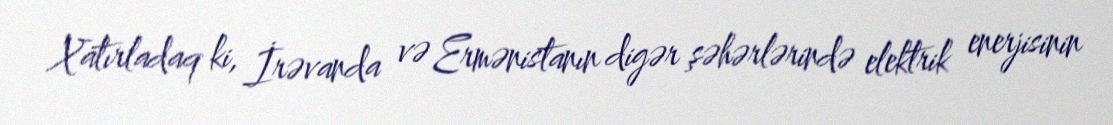
Xatırladaq ki, İrəvanda və Ermənistanın digər şəhərlərində elektrik enerjisinin